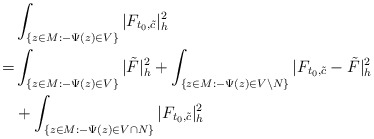
\begin{align*}&\int_{ \{z\in M:-\Psi(z)\in V\}}|F_{t_0,\tilde{c}}|^2_h\\= & \int_{\{z\in M:-\Psi(z)\in V\}}|\tilde F|^2_h+\int_{\{z\in M:-\Psi(z)\in V\backslash N\}}|F_{t_0,\tilde{c}}-\tilde F|^2_h\\&+\int_{ \{z\in M: -\Psi(z)\in V\cap N\}}|F_{t_0,\tilde{c}}|^2_h\end{align*}